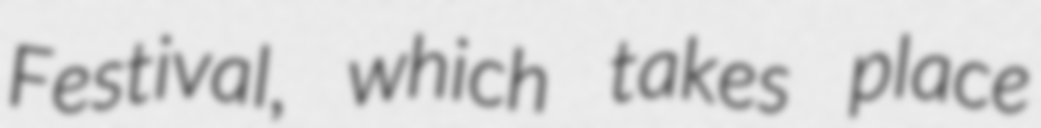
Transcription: Festival, which takes place